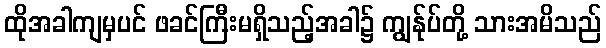
ထိုအခါကျမှပင် ဖခင်ကြီးမရှိသည့်အခါ၌ ကျွန်ုပ်တို့ သားအမိသည်